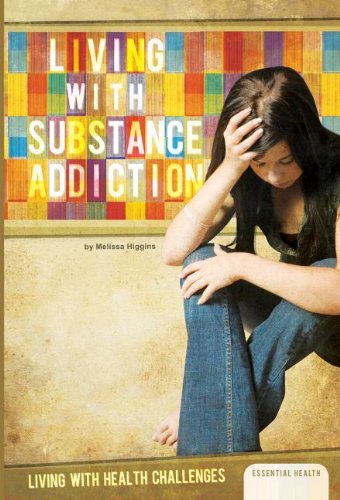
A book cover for Living with Substance Addiction (Living With Health Challenges); Melissa Higgins; Teen & Young Adult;